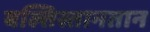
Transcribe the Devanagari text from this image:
बल्तिस्तानतान